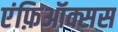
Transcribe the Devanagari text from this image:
एंफ़िऑक्सस